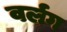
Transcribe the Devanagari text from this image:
वर्लग